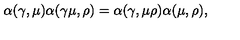
\alpha ( \gamma , \mu ) \alpha ( \gamma \mu , \rho ) = \alpha ( \gamma , \mu \rho ) \alpha ( \mu , \rho ) ,